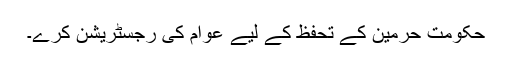
حکومت حرمین کے تحفظ کے لیے عوام کی رجسٹریشن کرے۔